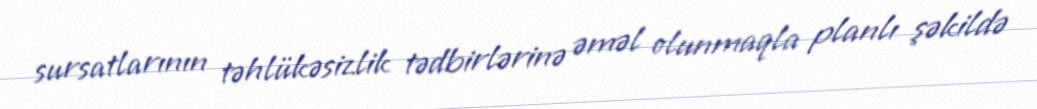
sursatlarının təhlükəsizlik tədbirlərinə əməl olunmaqla planlı şəkildə